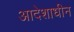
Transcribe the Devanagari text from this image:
आदेशाधीन